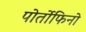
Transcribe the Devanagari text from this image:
पोर्तोफिनो